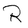
Character: R